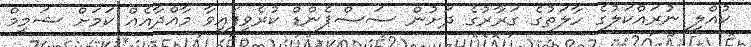
ކުއްލި ނުރައްކަލުގެ ހާލަތުގެ ގަރާރުގެ ދަށުން ސަސްޕެންޑް ކުރެވިފައިވާ މާއްދާއެއް ކަމަށް ޝަމީމް